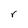
Character: r